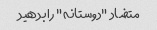
متضاد "دوستانه" را بدهید